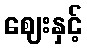
ဈေးနှင့်